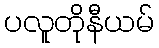
ပလူတိုနီယမ်